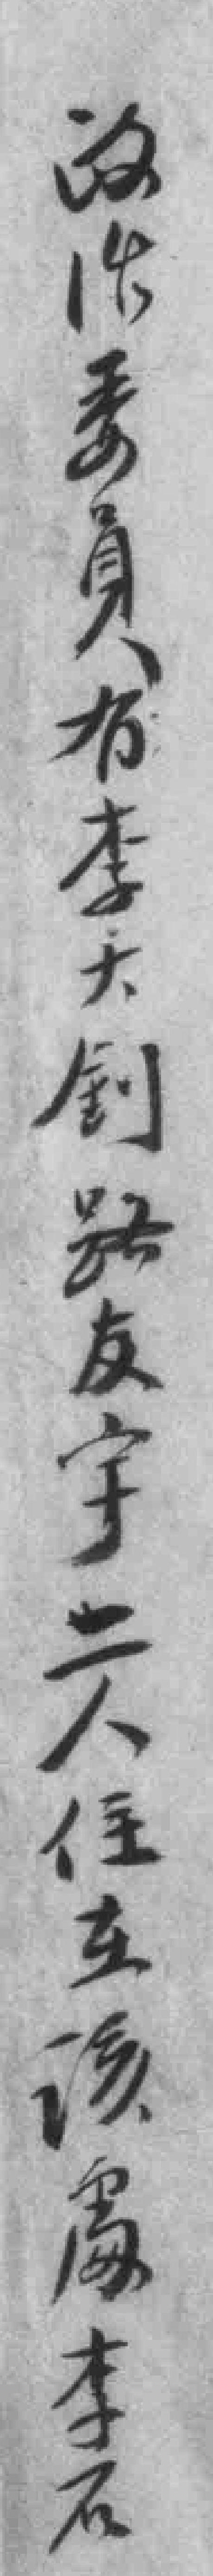
政治委員有李大釗路友宇二人住在该處李石